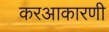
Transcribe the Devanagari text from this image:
करआकारणी